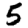
Digit: 5